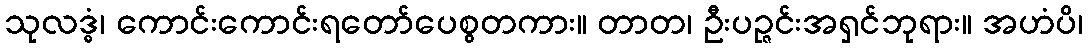
သုလဒ္ဓံ၊ ကောင်းကောင်းရတော်ပေစွတကား။ တာတ၊ ဦးပဉ္ဇင်းအရှင်ဘုရား။ အဟံပိ၊